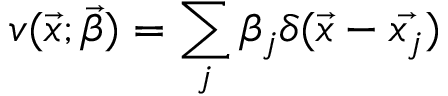
v ( \vec { x } ; \vec { \beta } ) = \sum _ { j } \beta _ { j } \delta ( \vec { x } - \vec { x _ { j } } )